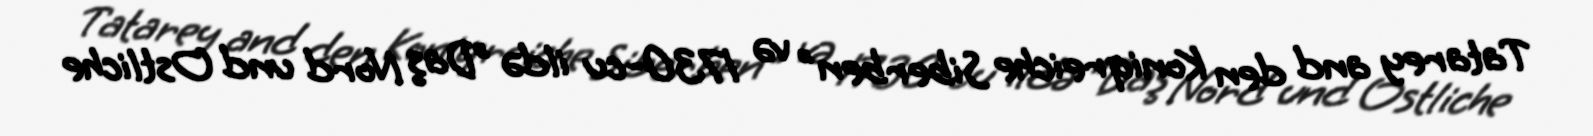
Tatarey and den Koniqreiche Siberben" və 1730-cu ildə "Daş Nord und Ostliche